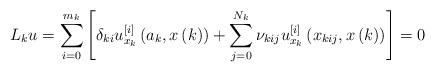
LaTeX: \begin{align*}L_{k}u=\sum\limits_{i=0}^{m_{k}}\left[ \delta _{ki}u_{x_{k}}^{\left[ i\right]}\left( a_{k},x\left( k\right) \right) +\sum\limits_{j=0}^{N_{k}}\nu_{kij}u_{x_{k}}^{\left[ i\right] }\left( x_{kij},x\left( k\right) \right) \right] =0 \end{align*}